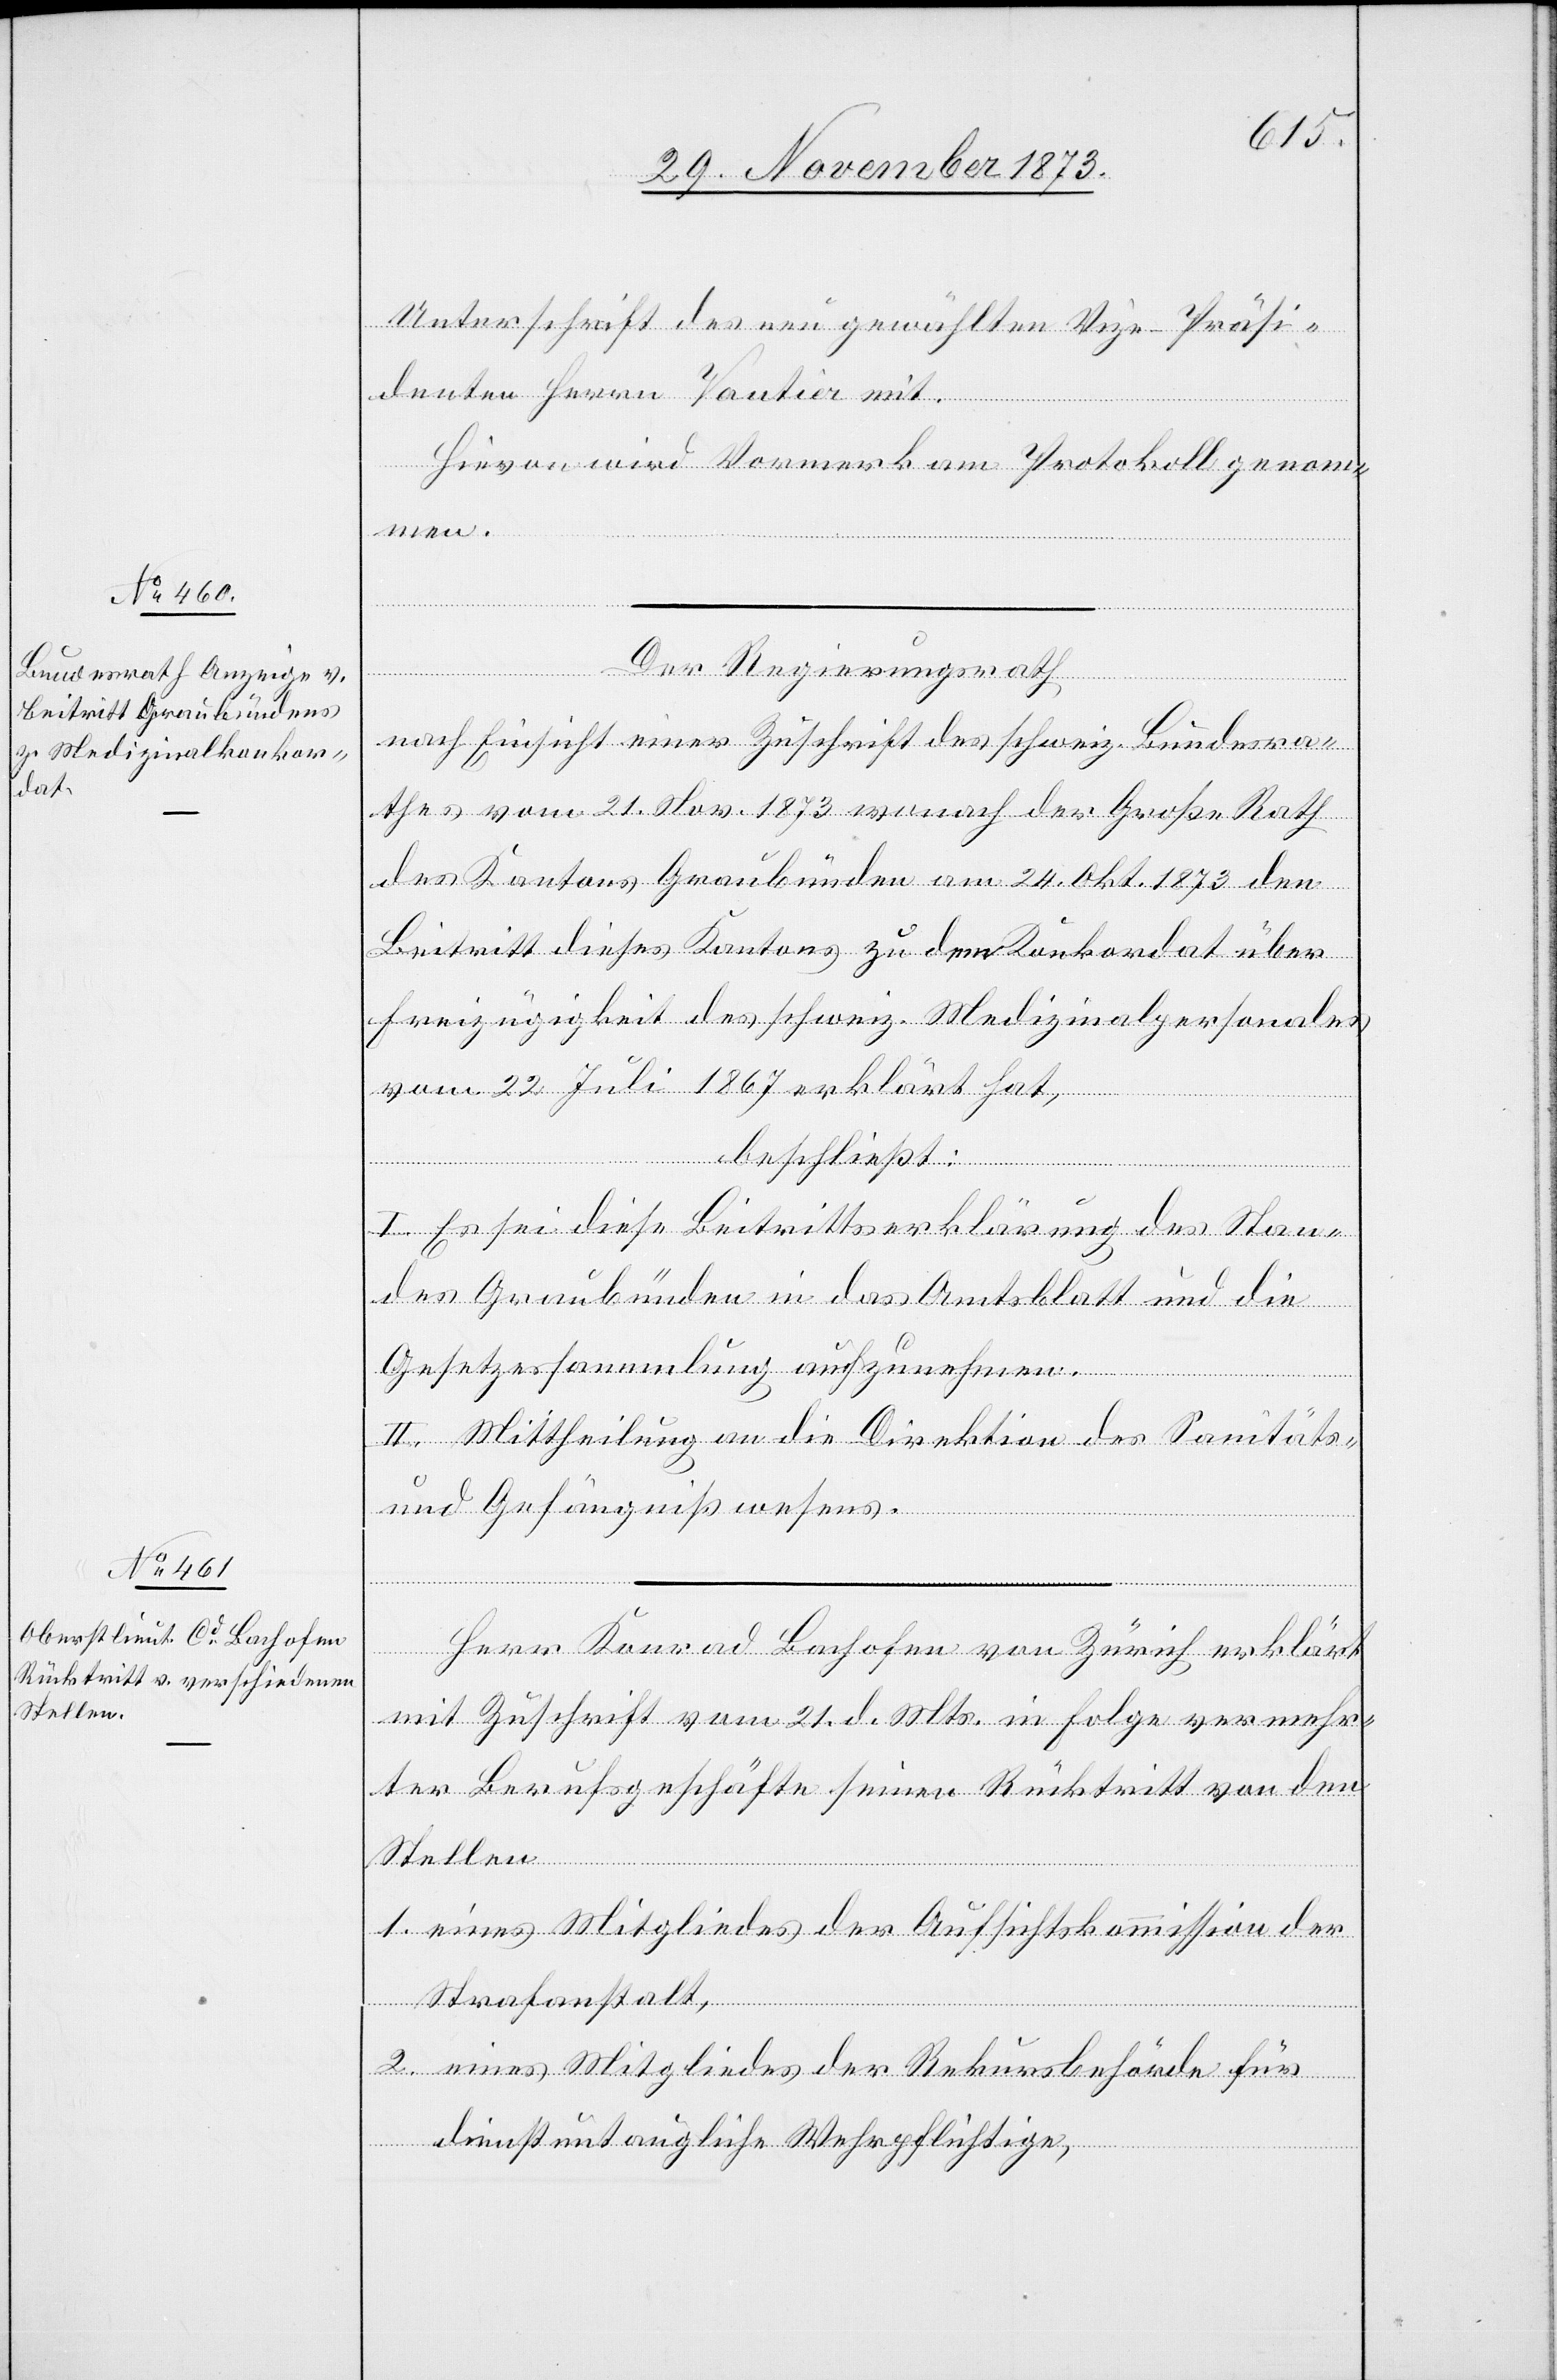
Unterschrift des neu gewählten Vize-Präsi¬
denten Herrn Vautier mit.
Hievon wird Vormerk am Protokoll genomm¬
en.
Der Regierungsrath
nach Einsicht einer Zuschrift des schweiz. Bundesra¬
thes vom 21. Nov. 1873 wonach der Große Rath
des Kantons Graubünden am 24. Okt. 1873 den
Beitritt dieses Kantons zu dem Konkordat über
Freizügigkeit des schweiz. Medizinalpersonales
vom 22. Juli 1867 erklärt hat,
I. Es sei diese Beitrittserklärung des Stan¬
des Graubünden in das Amtsblatt und die
Gesetzessammlung aufzunehmen.
II. Mittheilung an die Direktion des Sanitäts-
und Gefängnißwesens.
Herr Konrad Bachofen von Zürich erklärt
mit Zuschrift vom 21. d. Mts. in Folge vermehr¬
ter Berufsgeschäfte seinen Rücktritt von den
Stellen
1. eines Mitgliedes der Aufsichtskommission der
Strafanstalt,
2. eines Mitgliedes der Rekursbehörde für
dienstuntaugliche Wehrpflichtige,